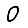
Digit: 0